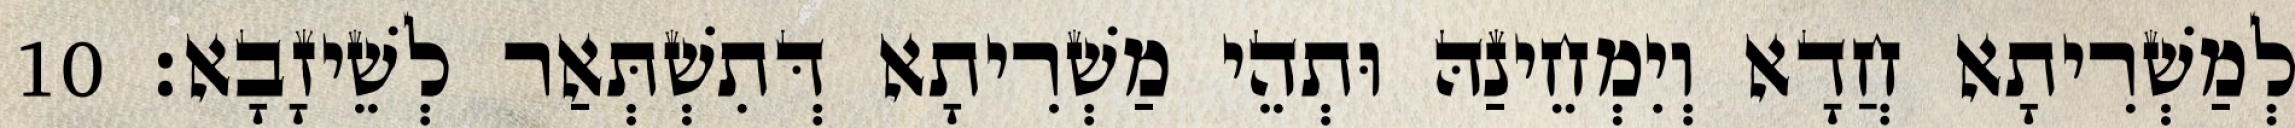
לְמַשְׁרִיתָא חֲדָא וְיִמְחֵינַהּ וּתְהֵי מַשְׁרִיתָא דְּתִשְׁתְּאַר לְשֵׁיזָבָא׃ 10